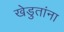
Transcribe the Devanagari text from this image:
खेडुतांना